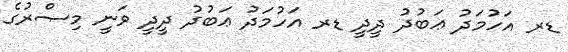
ޑރ އަހުމަދު ޢަބުދު ދީދީ ޑރ އަހުމަދު ޢަބުދު ދީދީ ވަނީ މިޞްރުގެ